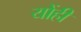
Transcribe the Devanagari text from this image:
योंही